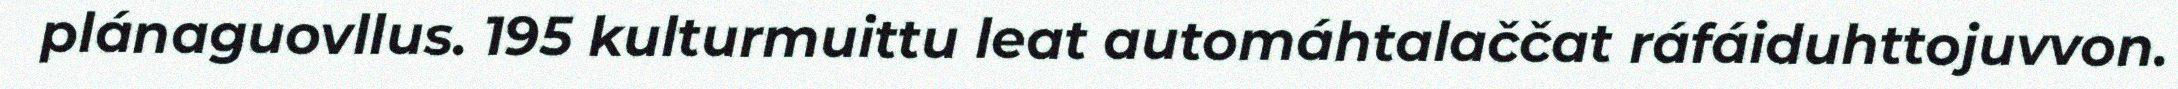
plánaguovllus. 195 kulturmuittu leat automáhtalaččat ráfáiduhttojuvvon.